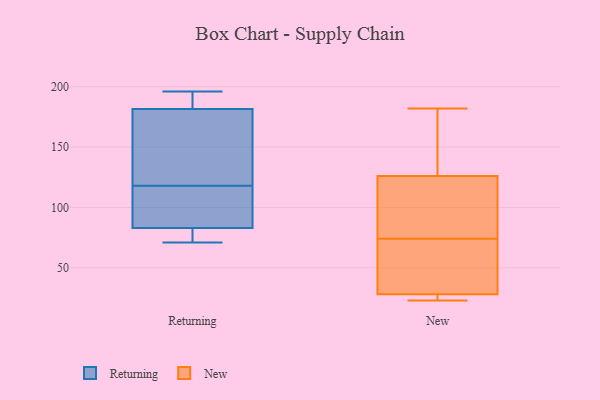
{"axis": {"x": "Latency (ms)", "y": "Value"}, "legend": ["New", "Returning"], "data": [{"x": "", "y": 118, "type": "Returning"}, {"x": "", "y": 171, "type": "Returning"}, {"x": "", "y": 83, "type": "Returning"}, {"x": "", "y": 71, "type": "Returning"}, {"x": "", "y": 177, "type": "Returning"}, {"x": "", "y": 83, "type": "Returning"}, {"x": "", "y": 196, "type": "Returning"}, {"x": "", "y": 84, "type": "Returning"}, {"x": "", "y": 184, "type": "Returning"}, {"x": "", "y": 183, "type": "Returning"}, {"x": "", "y": 81, "type": "Returning"}, {"x": "", "y": 36, "type": "New"}, {"x": "", "y": 43, "type": "New"}, {"x": "", "y": 122, "type": "New"}, {"x": "", "y": 139, "type": "New"}, {"x": "", "y": 88, "type": "New"}, {"x": "", "y": 61, "type": "New"}, {"x": "", "y": 26, "type": "New"}, {"x": "", "y": 182, "type": "New"}, {"x": "", "y": 126, "type": "New"}, {"x": "", "y": 23, "type": "New"}, {"x": "", "y": 28, "type": "New"}, {"x": "", "y": 26, "type": "New"}, {"x": "", "y": 139, "type": "New"}, {"x": "", "y": 87, "type": "New"}]}